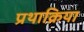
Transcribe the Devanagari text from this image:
प्रथाक्रिया